Civil Veterinary Department. Madras. Admin. report 1926-33 - 1926-1933
Year: 1926
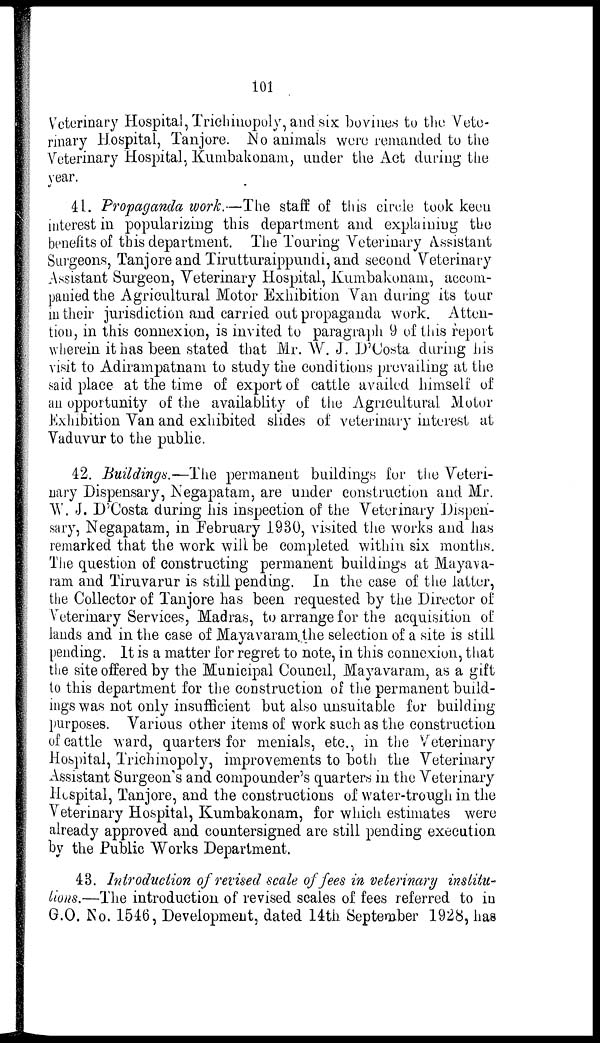
101
Veterinary Hospital, Trichinopoly, and six bovines to the Vete-
rinary Hospital, Tanjore. No animals were remanded to the
Veterinary Hospital, Kumbakonam, under the Act during the
year.
41. Propaganda work.—The staff of this circle took keen
interest in popularizing this department and explaining the
benefits of this department. The Touring Veterinary Assistant
Surgeons, Tanjore and Tirutturaippundi, and second Veterinary
Assistant Surgeon, Veterinary Hospital, Kumbakonam, accom-
panied the Agricultural Motor Exhibition Van during its tour
in their jurisdiction and carried out propaganda work. Atten-
tion, in this connexion, is invited to paragraph 9 of this report
wherein it has been stated that Mr. W. J. D'Costa during his
visit to Adirampatnam to study the conditions prevailing at the
said place at the time of export of cattle availed himself of
an opportunity of the availablity of the Agricultural Motor
Exhibition Van and exhibited slides of veterinary interest at
Vaduvur to the public.
42. Buildings.—The permanent buildings for the Veteri-
nary Dispensary, Negapatam, are under construction and Mr.
W. J. D'Costa during his inspection of the Veterinary Dispen-
sary, Negapatam, in February 1930, visited the works and has
remarked that the work will be completed within six months.
The question of constructing permanent buildings at Mayava-
ram and Tiruvarur is still pending. In the case of the latter,
the Collector of Tanjore has been requested by the Director of
Veterinary Services, Madras, to arrange for the acquisition of
lands and in the case of Mayavaram the selection of a site is still
pending. It is a matter for regret to note, in this connexion, that
the site offered by the Municipal Council, Mayavaram, as a gift
to this department for the construction of the permanent build-
ings was not only insufficient but also unsuitable for building
purposes. Various other items of work such as the construction
of cattle ward, quarters for menials, etc., in the Veterinary
Hospital, Trichinopoly, improvements to both the Veterinary
Assistant Surgeon's and compounder's quarters in the Veterinary
Hospital, Tanjore, and the constructions of water-trough in the
Veterinary Hospital, Kumbakonam, for which estimates were
already approved and countersigned are still pending execution
by the Public Works Department.
43. Introduction of revised scale of fees in veterinary institu-
tions.—The introduction of revised scales of fees referred to in
G.O. No. 1546, Development, dated 14th September 1928, has